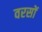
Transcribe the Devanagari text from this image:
वरसों